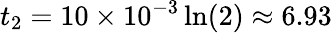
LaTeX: t_{2}=10\times 10^{-3}\ln(2)\approx 6.93